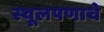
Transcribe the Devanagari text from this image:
स्थूलपणाचे